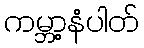
ကမ္ဘာ့နံပါတ်